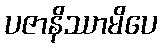
ပဇာနိဿာမိပေ